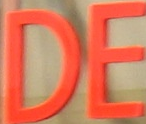
DE